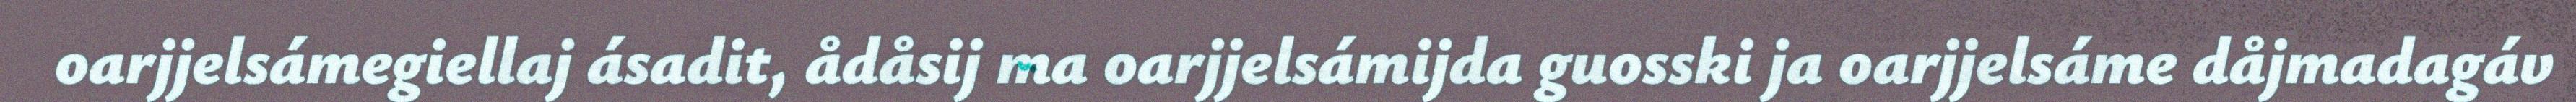
oarjjelsámegiellaj ásadit, ådåsij ma oarjjelsámijda guosski ja oarjjelsáme dåjmadagáv